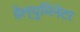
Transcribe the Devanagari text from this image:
डेल्युमिनेटर